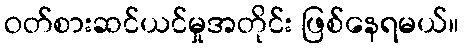
ဝတ်စားဆင်ယင်မှုအတိုင်း ဖြစ်နေရမယ်။